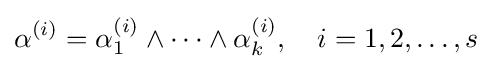
\alpha ^{(i)}=\alpha _{1}^{(i)}\wedge \cdots \wedge \alpha _{k}^{(i)},\quad i=1,2,\ldots ,s